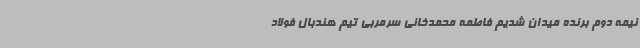
نیمه دوم برنده میدان شدیم فاطمه محمدخانی سرمربی تیم هندبال فولاد